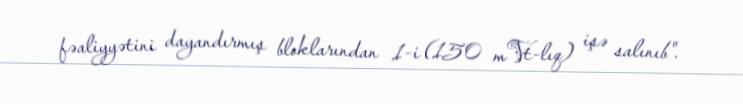
fəaliyyətini dayandırmış bloklarından 1-i (150 mVt-lıq) işə salınıb".